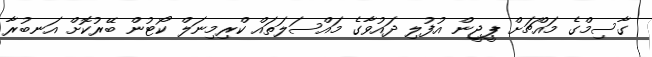
ގާސިމްގެ މައްޗަށް ޕީޖީން އުފުލި ދައުވާގެ މައްސަލަތައް ކްރިމިނަލް ކޯޓުން ބޭރުކޮށް އަނބުރާ